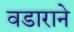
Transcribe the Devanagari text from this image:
वडाराने